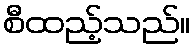
စီထည့်သည်။